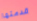
قدمتها